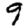
Digit: 9